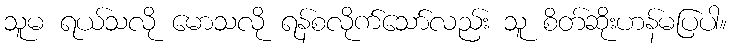
သူမ ရယ်သလို မောသလို ရန်စလိုက်သော်လည်း သူ စိတ်ဆိုးဟန်မပြပါ။